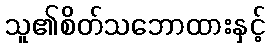
သူ၏စိတ်သဘောထားနှင့်